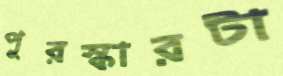
পুরস্কারটা